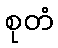
စုတံ